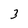
Character: 3